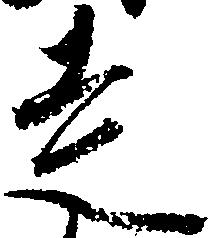
走